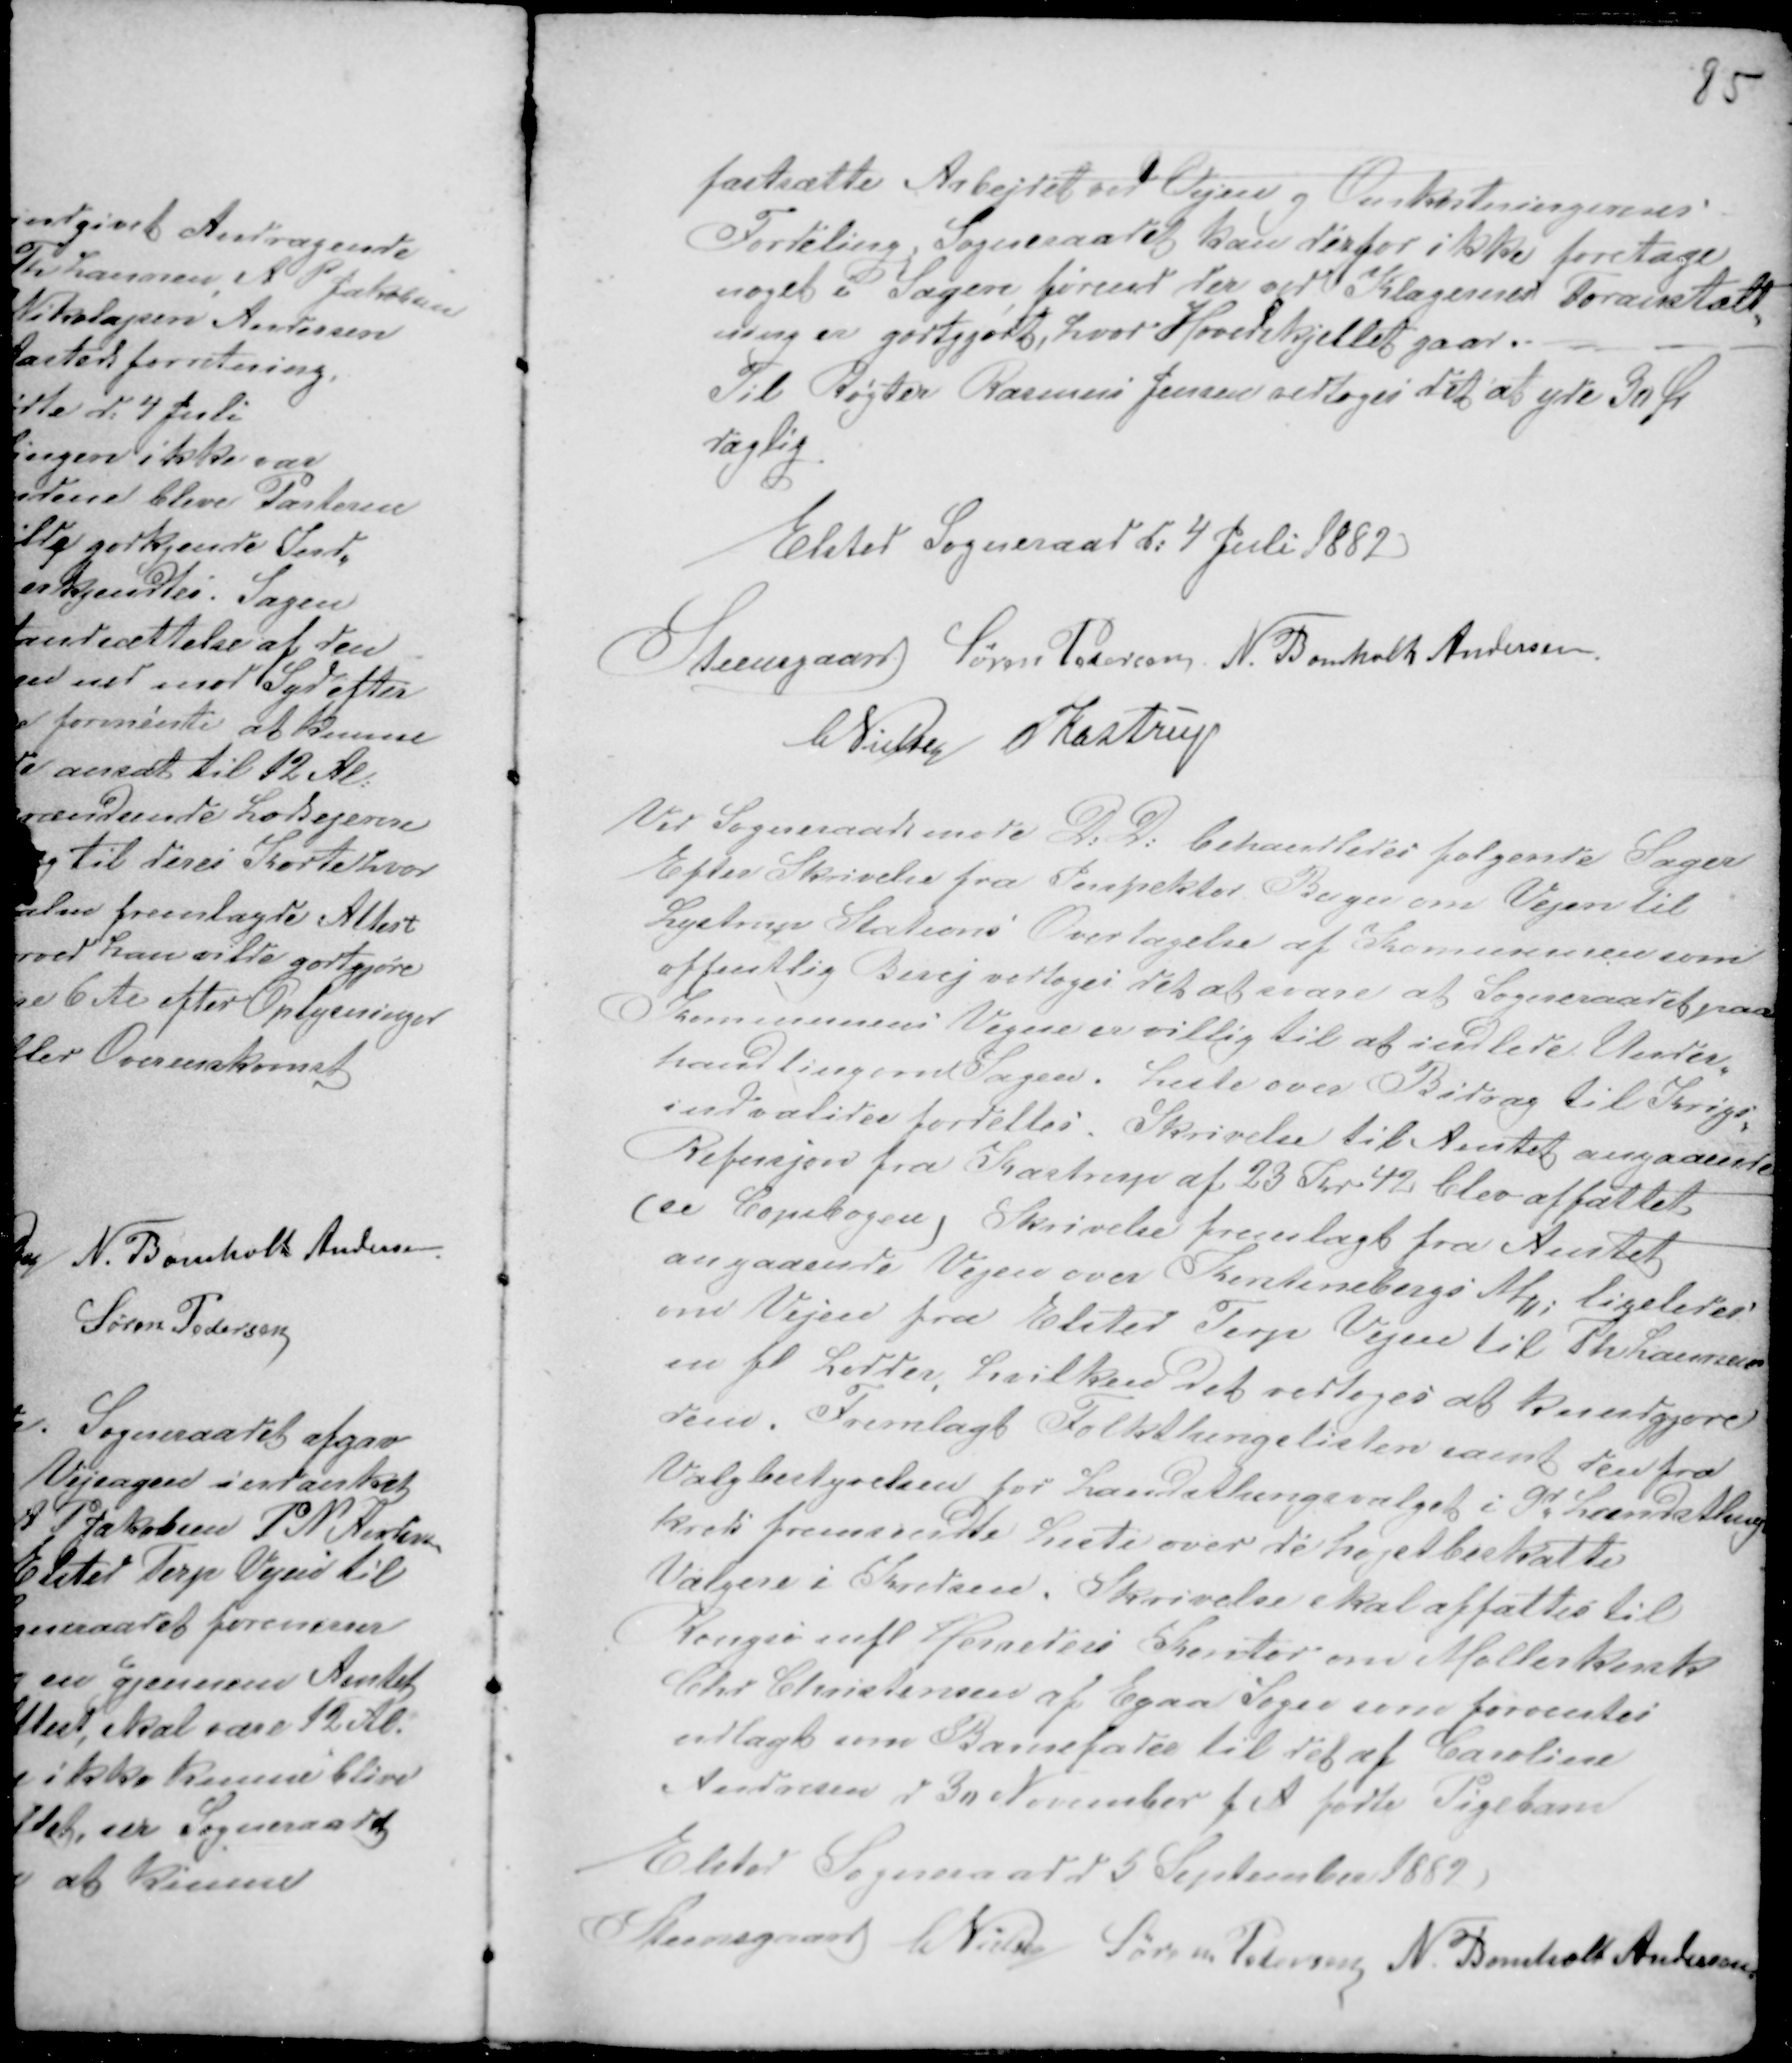
Transskription:
fastsætte Arbejdet ved Vejen og Omkostningernes
Fordeling. Sogneraadet kan derfor ikke foretage
noget i Sagen førend der ved Klagernes Foranstalt-
ning er godtgjordt, hvor Hovedskjellet gaar. -
Til Røgter Rasmus Jensen vedtoges det at yde 30 Ør
daglig.
Elsted Sogneraad d: 4 Juli 1882
Steensgaard Søren Pedersen N. Bomholt Andersen
CNielsen PKastrup

Ved Sogneraadsmøde D: D: behandledes følgende Sager
Efter Skrivelse fra Inspektør Bager om Vejen til
Lystrup Stations Overtagelse af Kommunen som
offentlig Bivej vedtoges det at svare at Sogneraadet paa
Kommunens Vegne er villig til at indlede Under-
handlinger ved Sagen. Liste over Bidrag til Krigs-
indvalider fordeltes. Skrivelse til Amtet angaaende
Refusjon fra Kastrup af 23 Kr 42 blev affattet.
(se Copibogen) Skrivelse fremlagt fra Amtet
angaaende Vejen over Kirstinebergs M; ligeledes
om Vejen fra Elsted Terp Vejen til Th Laursens
m fl Lodder, hvilken det vedtoges at Kundgjøre
dem. Fremlagt Folkethingslisten samt den fra
Valgbestyrelsen for Landsthingsvalget i 9d Landsthings
kreds fremsendte Liste over de højetbeskatte
Vælgere i Kredsen. Skrivelse skal affattes til
Rongsø mfl Herreders Kontor om Mølllerkersk
Chr Shristensen af Egaa Sogn som forventes
udlagt som Barnefader til det af Caroline
Andresen d 30 November f A fødte Pigebarn
Elsted Sogneraad d 5 September 1882
Steensgaard C Nielsen Søren Pedersen N. Bomholt Andersen